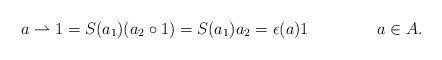
LaTeX: \begin{align*} a\rightharpoonup 1&=S(a_1)(a_2\circ 1)=S(a_1)a_2=\epsilon(a)1 &&a\in A.\end{align*}